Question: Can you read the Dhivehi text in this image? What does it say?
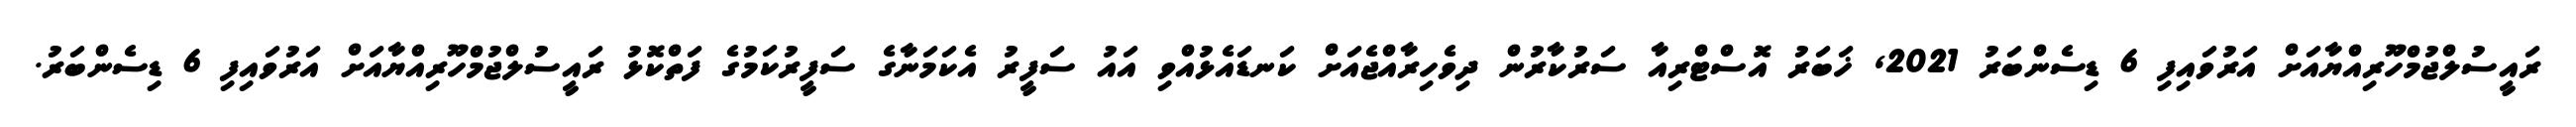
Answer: ރައީސުލްޖުމްހޫރިއްޔާއަށް އަރުވައިފި 6 ޑިސެންބަރު 2021, ޚަބަރު އޮސްޓްރިއާ ސަރުކާރުން ދިވެހިރާއްޖެއަށް ކަނޑައެޅުއްވި އައު ސަފީރު އެކަމަނާގެ ސަފީރުކަމުގެ ފަތްކޮޅު ރައީސުލްޖުމްހޫރިއްޔާއަށް އަރުވައިފި 6 ޑިސެންބަރު.